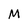
Character: M